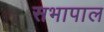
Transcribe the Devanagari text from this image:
सभापाल